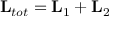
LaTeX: { \bf L } _ { t o t } = { \bf L } _ { 1 } + { \bf L } _ { 2 }